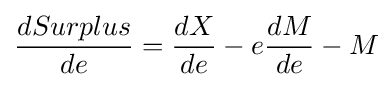
{\frac {dSurplus}{de}}={\frac {dX}{de}}-e{\frac {dM}{de}}-M